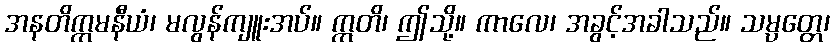
အနတိက္ကမနီယံ၊ မလွန်ကျူးအပ်။ ဣတိ၊ ဤသို့။ ကာလေ၊ အခွင့်အခါသည်။ သမ္ပတ္တေ၊